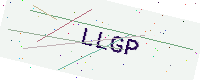
Text: LLGP